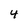
Character: 4